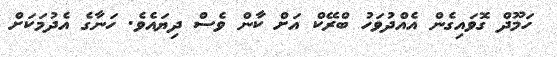
ހަމޫދް ގޮވައިގެން އެއްދުވަހު ބްރޭކް އަށް ކާން ވެސް ދިޔައެވެ. ހަނާގެ އެދުމަކަށް